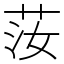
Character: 𦭰